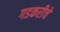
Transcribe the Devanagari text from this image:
गडकरीचे